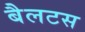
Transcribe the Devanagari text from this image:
बैलटस